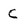
Character: C